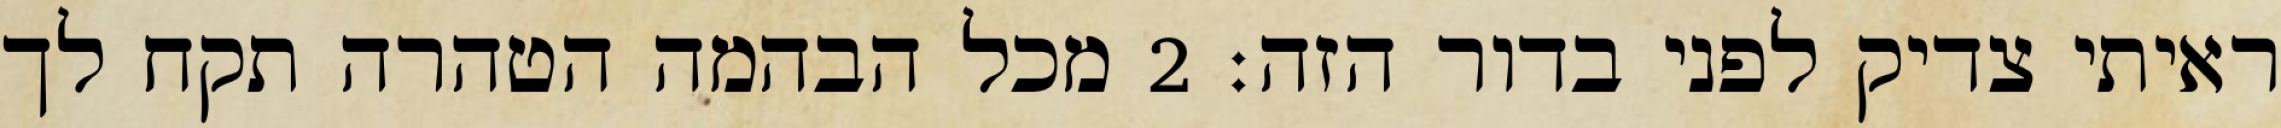
ראיתי צדיק לפני בדור הזה׃ ‎2‏ מכל הבהמה הטהרה תקח לך